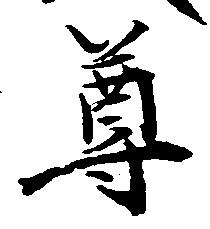
尊